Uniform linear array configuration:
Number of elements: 12
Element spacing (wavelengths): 0.25
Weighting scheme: binomial
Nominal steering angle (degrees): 0
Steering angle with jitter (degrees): -0.8596
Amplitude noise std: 0.05
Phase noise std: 0.05

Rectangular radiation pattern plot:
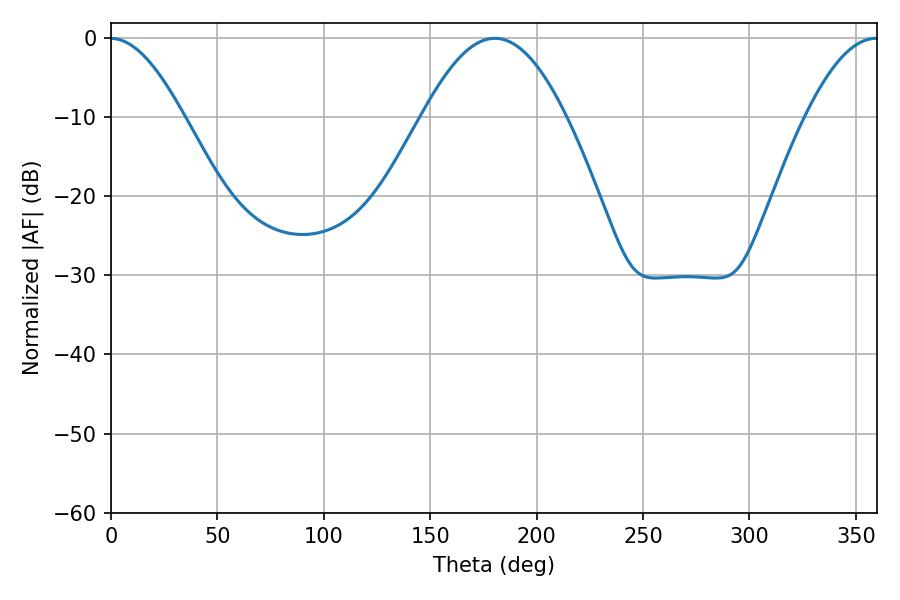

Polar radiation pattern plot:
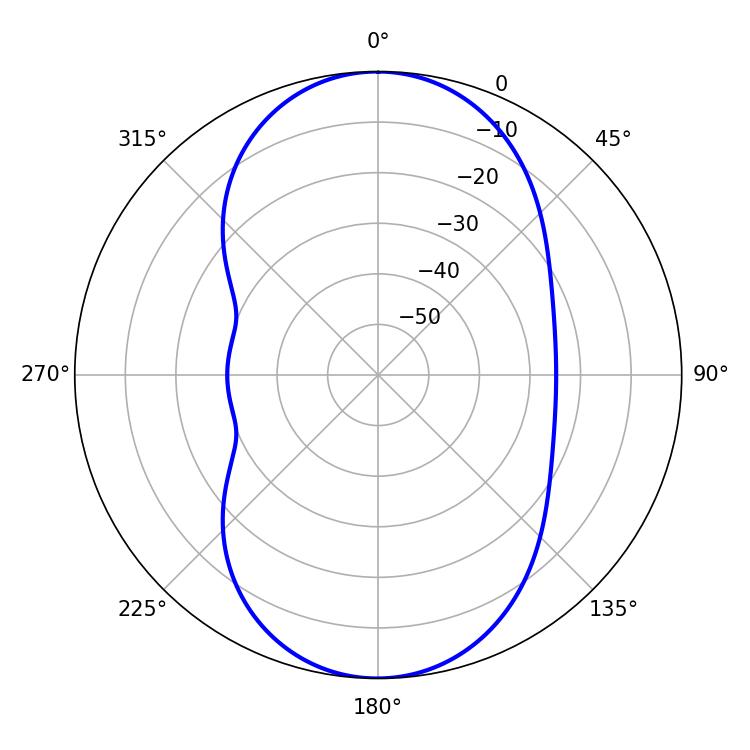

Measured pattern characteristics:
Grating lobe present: FALSE
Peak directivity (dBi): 24.026
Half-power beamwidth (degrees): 36.54
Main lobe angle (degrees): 180.36